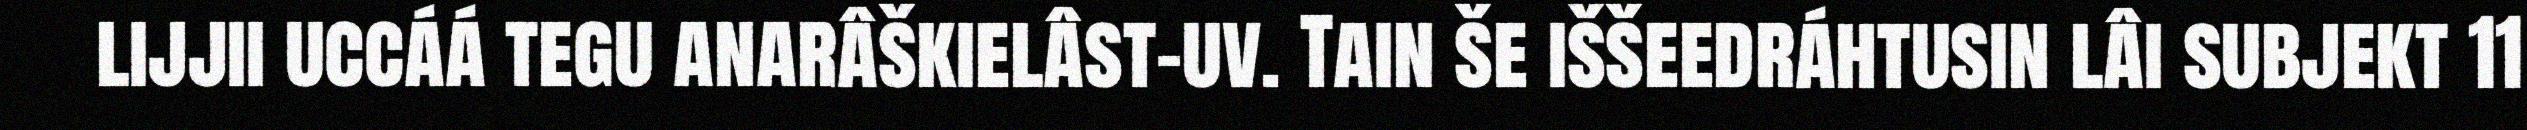
lijjii uccáá tegu anarâškielâst-uv. Tain še iššeedráhtusin lâi subjekt 11